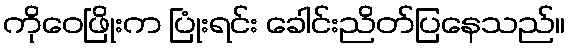
ကိုဝေဖြိုးက ပြုံးရင်း ခေါင်းညိတ်ပြနေသည်။